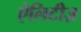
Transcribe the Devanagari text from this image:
ऐलिटीज़